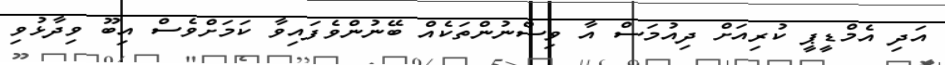
އަދި އެމްޑީޕީ ކުރިއަށް ދިއުމަސް އާ ވިސްނުންތަކެއް ބޭނުންވެފައިވާ ކަމަށްވެސް އިބޫ ވިދާޅުވި